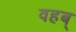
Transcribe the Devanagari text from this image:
वहब्